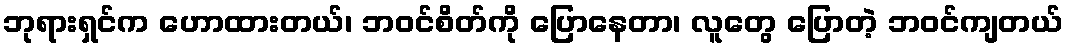
ဘုရားရှင်က ဟောထားတယ်၊ ဘဝင်စိတ်ကို ပြောနေတာ၊ လူတွေ ပြောတဲ့ ဘဝင်ကျတယ်